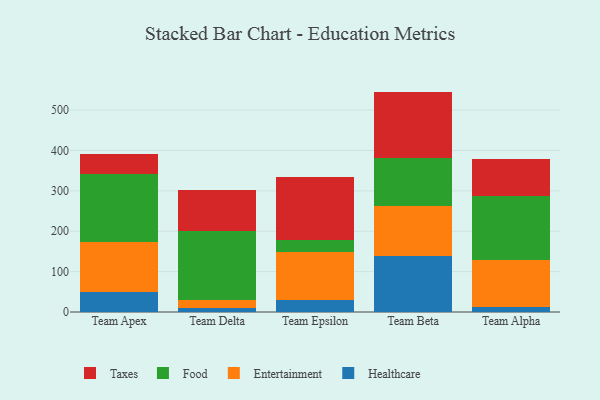
{"axis": {"x": "Team", "y": "Operating Costs (USD K)"}, "legend": ["Entertainment", "Food", "Healthcare", "Taxes"], "data": [{"x": "Team Apex", "y": 49.7, "type": "Healthcare"}, {"x": "Team Apex", "y": 124.8, "type": "Entertainment"}, {"x": "Team Apex", "y": 166.2, "type": "Food"}, {"x": "Team Apex", "y": 49.4, "type": "Taxes"}, {"x": "Team Delta", "y": 10.7, "type": "Healthcare"}, {"x": "Team Delta", "y": 18.6, "type": "Entertainment"}, {"x": "Team Delta", "y": 170.4, "type": "Food"}, {"x": "Team Delta", "y": 102.9, "type": "Taxes"}, {"x": "Team Epsilon", "y": 28.6, "type": "Healthcare"}, {"x": "Team Epsilon", "y": 121.2, "type": "Entertainment"}, {"x": "Team Epsilon", "y": 29.4, "type": "Food"}, {"x": "Team Epsilon", "y": 155.7, "type": "Taxes"}, {"x": "Team Beta", "y": 138.6, "type": "Healthcare"}, {"x": "Team Beta", "y": 124.9, "type": "Entertainment"}, {"x": "Team Beta", "y": 118.7, "type": "Food"}, {"x": "Team Beta", "y": 163.6, "type": "Taxes"}, {"x": "Team Alpha", "y": 13.4, "type": "Healthcare"}, {"x": "Team Alpha", "y": 116.0, "type": "Entertainment"}, {"x": "Team Alpha", "y": 157.5, "type": "Food"}, {"x": "Team Alpha", "y": 91.3, "type": "Taxes"}]}